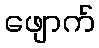
ဖျောက်